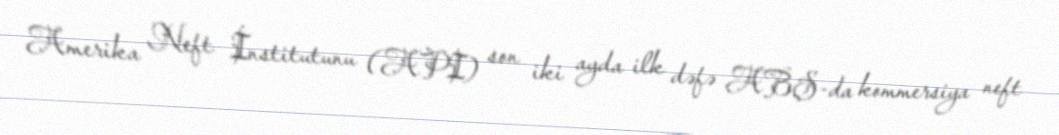
Amerika Neft İnstitutunu (API) son iki ayda ilk dəfə ABŞ-da kommersiya neft